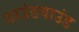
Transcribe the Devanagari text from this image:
ग्राउंडवाउंड